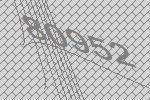
80952